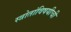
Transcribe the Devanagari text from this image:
स्त्रोतांविषयीची